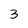
Character: 3